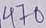
Text: 470